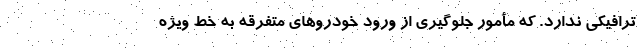
ترافیکی ندارد. که مأمور جلوگیری از ورود خودروهای متفرقه به خط ویژه